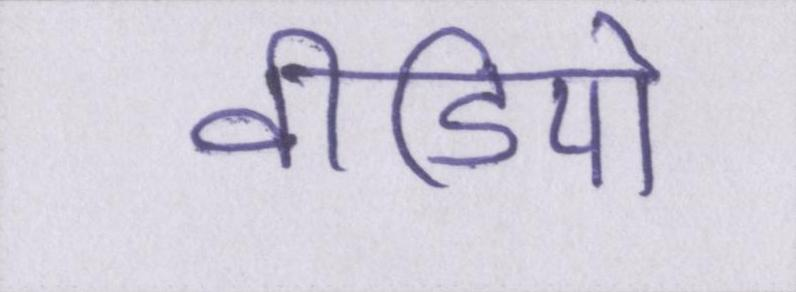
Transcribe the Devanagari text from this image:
वीडियो